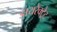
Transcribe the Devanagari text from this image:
डायरेक्ट्रेट